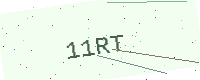
Text: 11RT